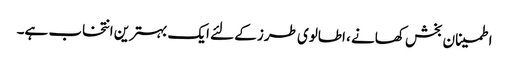
اطمینان بخش کھانے ، اطالوی طرز کے لئے ایک بہترین انتخاب ہے۔